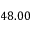
4 8 . 0 0